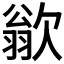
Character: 𪴱